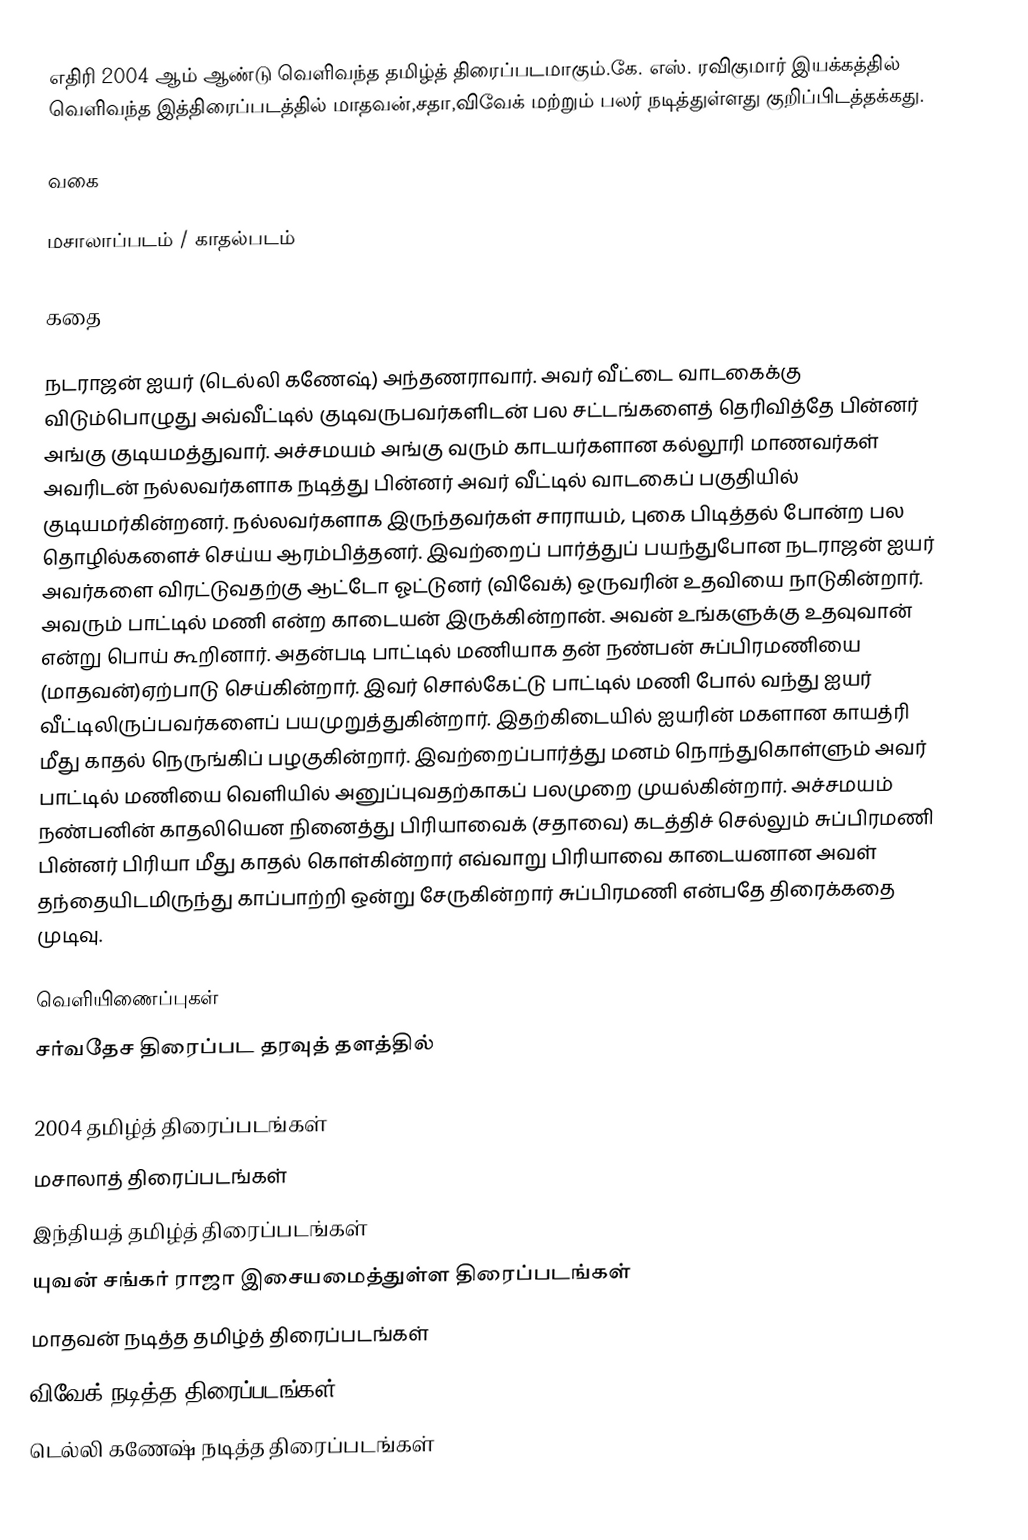
எதிரி  2004  ஆம் ஆண்டு வெளிவந்த தமிழ்த் திரைப்படமாகும்.கே. எஸ். ரவிகுமார் இயக்கத்தில் வெளிவந்த இத்திரைப்படத்தில் மாதவன்,சதா,விவேக் மற்றும் பலர் நடித்துள்ளது குறிப்பிடத்தக்கது.

வகை

மசாலாப்படம் / காதல்படம்

கதை

நடராஜன் ஐயர் (டெல்லி கணேஷ்) அந்தணராவார். அவர் வீட்டை வாடகைக்கு விடும்பொழுது அவ்வீட்டில் குடிவருபவர்களிடன் பல சட்டங்களைத் தெரிவித்தே பின்னர் அங்கு குடியமத்துவார். அச்சமயம் அங்கு வரும் காடயர்களான கல்லூரி மாணவர்கள் அவரிடன் நல்லவர்களாக நடித்து பின்னர் அவர் வீட்டில் வாடகைப் பகுதியில் குடியமர்கின்றனர். நல்லவர்களாக இருந்தவர்கள் சாராயம், புகை பிடித்தல் போன்ற பல தொழில்களைச் செய்ய ஆரம்பித்தனர். இவற்றைப் பார்த்துப் பயந்துபோன நடராஜன் ஐயர் அவர்களை விரட்டுவதற்கு ஆட்டோ ஓட்டுனர் (விவேக்) ஒருவரின் உதவியை நாடுகின்றார். அவரும் பாட்டில் மணி என்ற காடையன் இருக்கின்றான். அவன் உங்களுக்கு உதவுவான் என்று பொய் கூறினார். அதன்படி பாட்டில் மணியாக தன் நண்பன் சுப்பிரமணியை (மாதவன்)ஏற்பாடு செய்கின்றார். இவர் சொல்கேட்டு பாட்டில் மணி போல் வந்து ஐயர் வீட்டிலிருப்பவர்களைப் பயமுறுத்துகின்றார். இதற்கிடையில் ஐயரின் மகளான காயத்ரி மீது காதல் நெருங்கிப் பழகுகின்றார். இவற்றைப்பார்த்து மனம் நொந்துகொள்ளும் அவர் பாட்டில் மணியை வெளியில் அனுப்புவதற்காகப் பலமுறை முயல்கின்றார். அச்சமயம் நண்பனின் காதலியென நினைத்து பிரியாவைக் (சதாவை) கடத்திச் செல்லும் சுப்பிரமணி பின்னர் பிரியா மீது காதல் கொள்கின்றார் எவ்வாறு பிரியாவை காடையனான அவள் தந்தையிடமிருந்து காப்பாற்றி ஒன்று சேருகின்றார் சுப்பிரமணி என்பதே திரைக்கதை முடிவு.

வெளியிணைப்புகள்
சர்வதேச திரைப்பட தரவுத் தளத்தில்

2004 தமிழ்த் திரைப்படங்கள்
மசாலாத் திரைப்படங்கள்
இந்தியத் தமிழ்த் திரைப்படங்கள்
யுவன் சங்கர் ராஜா இசையமைத்துள்ள திரைப்படங்கள்
மாதவன் நடித்த தமிழ்த் திரைப்படங்கள்
விவேக் நடித்த திரைப்படங்கள்
டெல்லி கணேஷ் நடித்த திரைப்படங்கள்